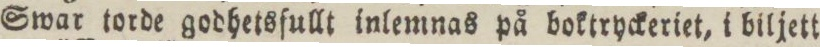
Swar torde godhetsfullt inlemnas på boktryckeriet, i biljett